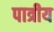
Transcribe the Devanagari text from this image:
पात्रीय